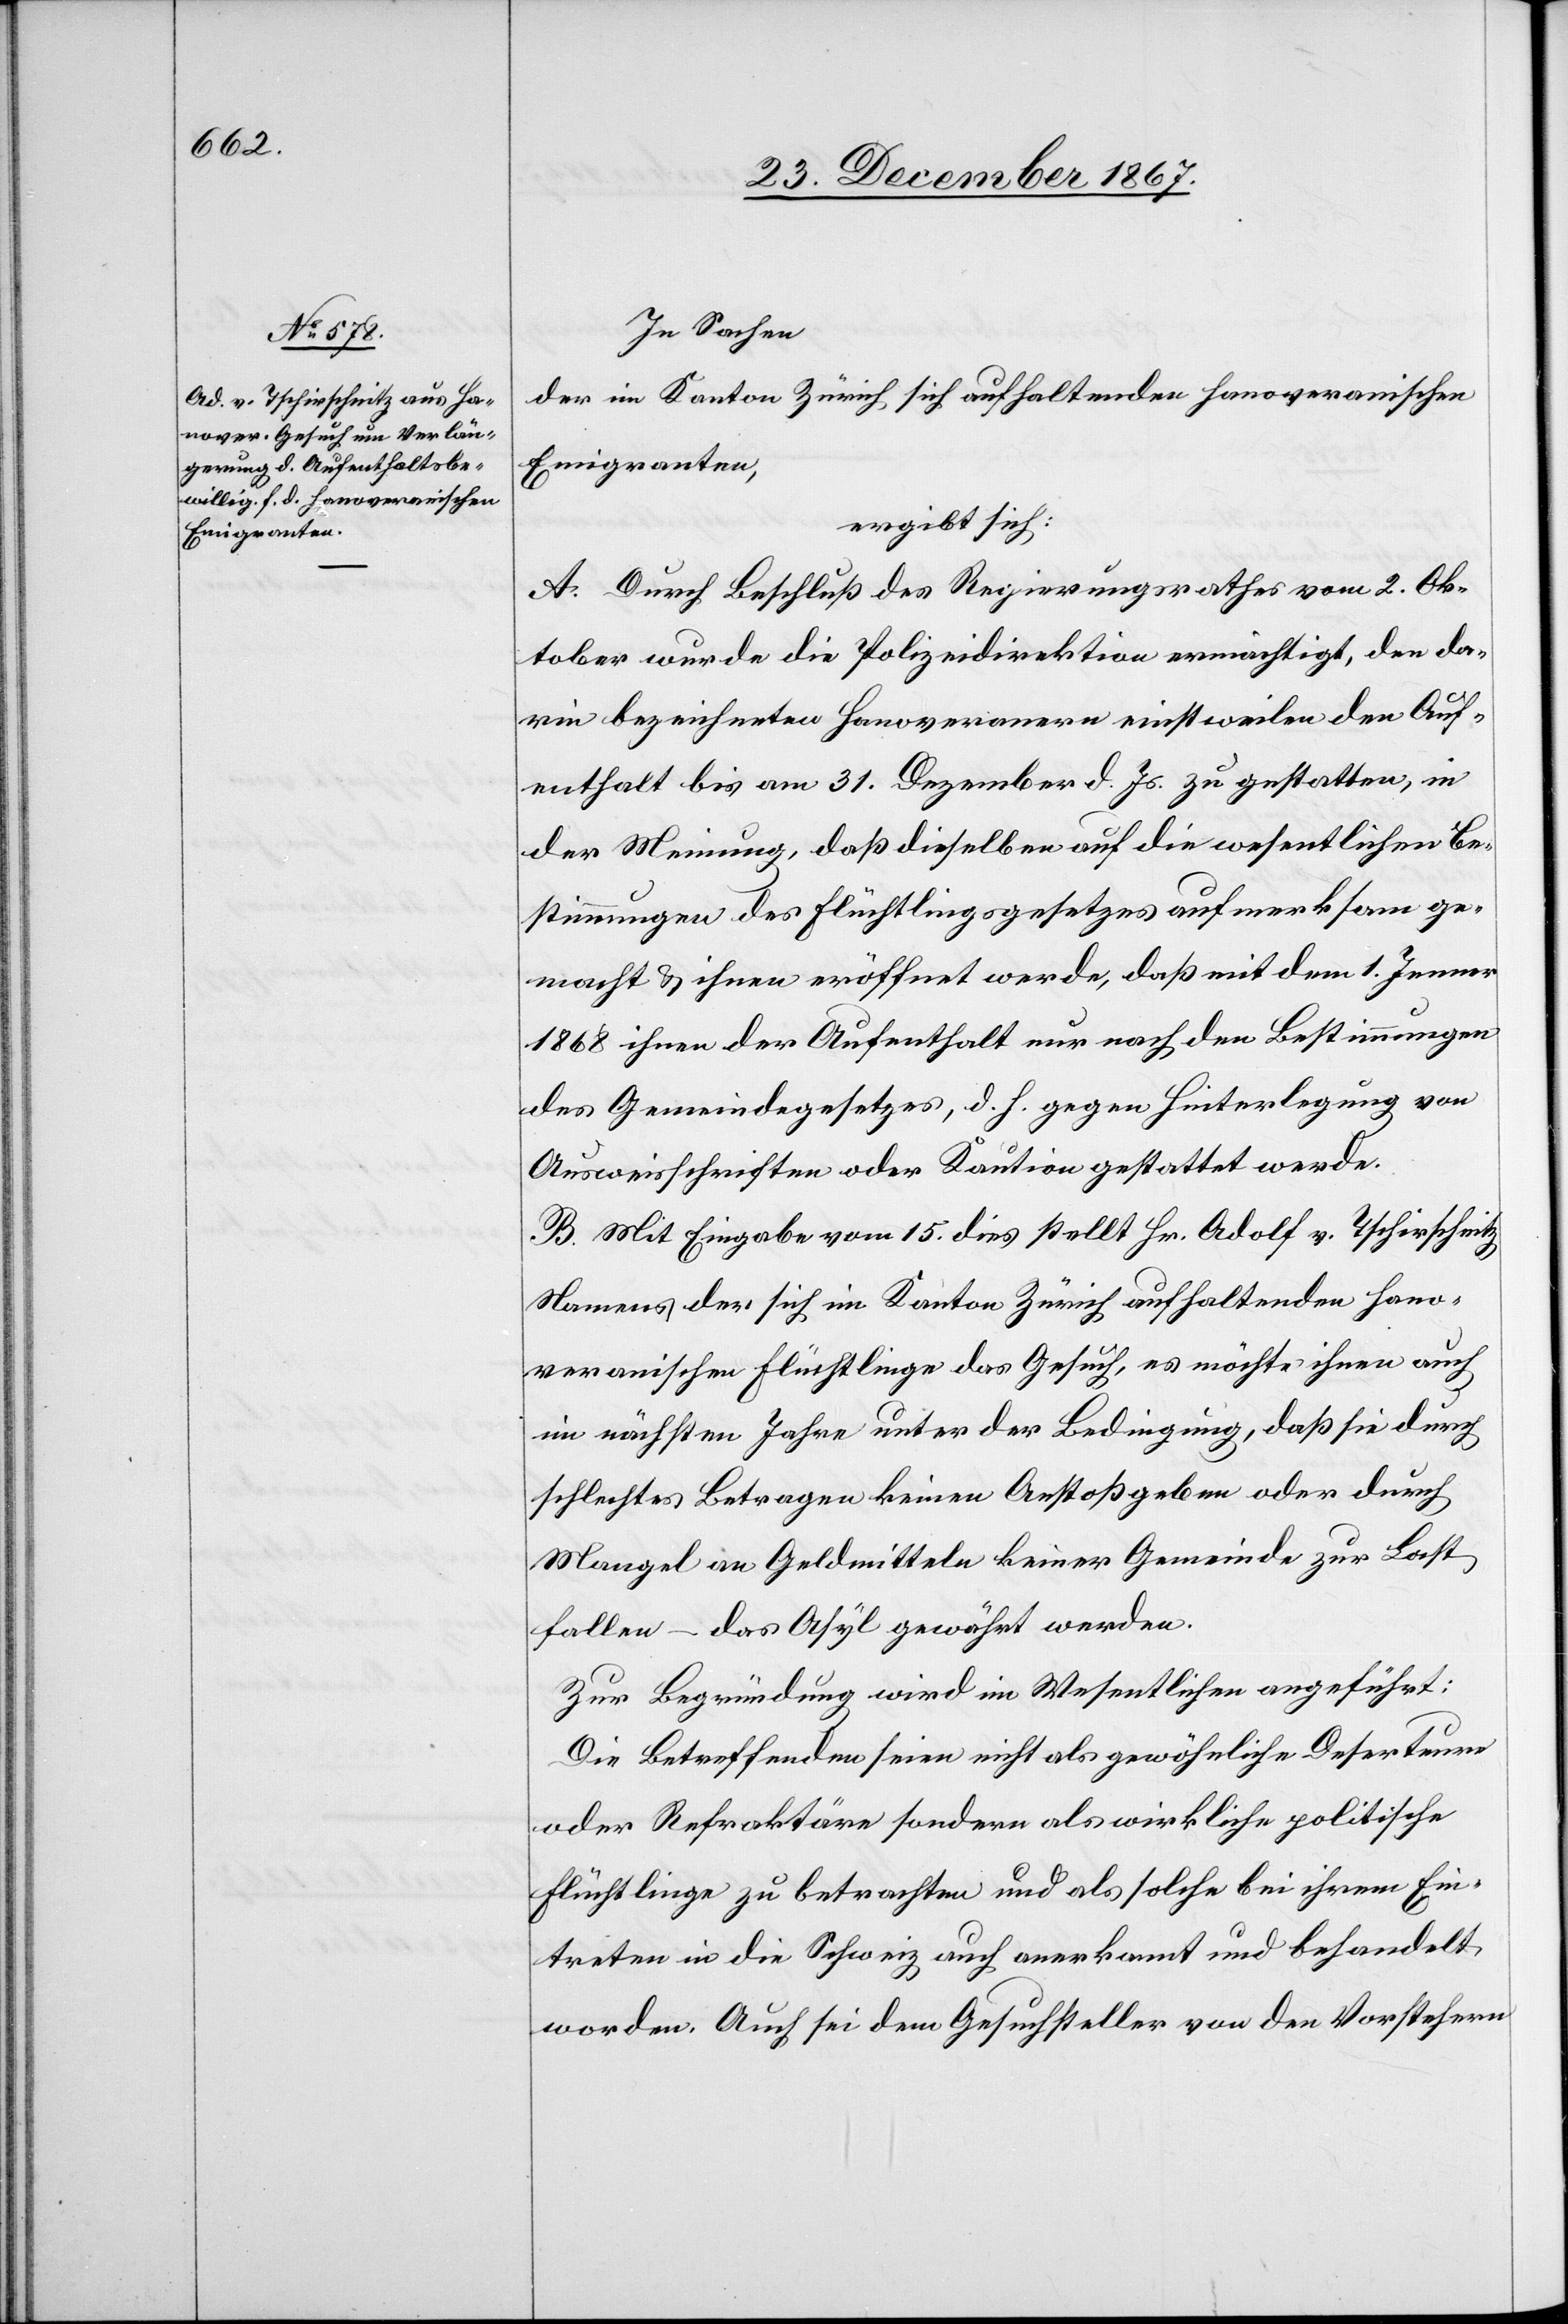
In Sachen
der im Kanton Zürich sich aufhaltenden hanoveranischen
Emigranten,
ergibt sich:
A. Durch Beschluß des Regierungsrathes vom 2. Ok¬
tober wurde die Polizeidirektion ermächtigt, den da¬
rin bezeichneten Hanoveranern einstweilen den Auf¬
enthalt bis am 31. Dezember d. Js. zu gestatten, in
der Meinung, daß dieselben auf die wesentlichen Be¬
stimmungen des Flüchtlingsgesetzes aufmerksam ge¬
macht u. ihnen eröffnet werde, daß mit dem 1. Jenner
1868 ihnen der Aufenthalt nur nach den Bestimmungen
des Gemeindegesetzes, d. h. gegen Hinterlegung von
Ausweisschriften oder Kaution gestattet werde.
B. Mit Eingabe vom 15. dies stellt Hr. Adolf v. Tschirschnitz
Namens der sich im Kanton Zürich aufhaltenden hano¬
veranischen Flüchtlinge das Gesuch, es möchte ihnen auch
im nächsten Jahre unter der Bedingung, daß sie durch
schlechtes Betragen keinen Anstoß geben oder durch
Mangel an Geldmitteln keiner Gemeinde zur Last
fallen – das Asyl gewährt werden.
Zur Begründung wird im Wesentlichen angeführt:
Die Betreffenden seien nicht als gewöhnliche Deserteure
oder Refraktäre sondern als wirkliche politische
Flüchtlinge zu betrachten und als solche bei ihrem Ein¬
treten in die Schweiz auch anerkannt und behandelt
worden. Auch sei dem Gesuchsteller von den Vorstehern